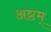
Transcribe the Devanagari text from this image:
अष्ठम्‌